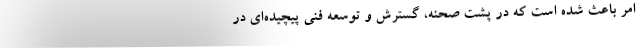
امر باعث شده است که در پشت صحنه،‌ گسترش و توسعه فنی پیچیده‌ای در